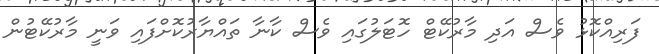
ފަރިއްކޮޅު ވެސް އަދި މާރުކޭޓް ހޮޓަލުގައި ވެސް ކާނާ ތައްޔާރުކޮށްފައި ވަނީ މާރުކޭޓުން